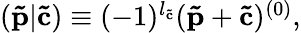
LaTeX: \begin{array}{r}{(\mathbf{\tilde{p}}|\mathbf{\tilde{c}})\equiv(-1)^{l_{\mathbf{\tilde{c}}}}(\mathbf{\tilde{p}}+\mathbf{\tilde{c}})^{(0)},}\end{array}